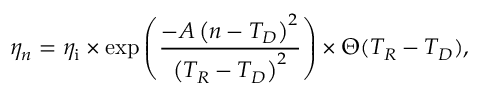
\eta _ { n } = \eta _ { \mathrm { i } } \times \exp \left( \frac { - A \left( n - T _ { D } \right) ^ { 2 } } { \left( T _ { R } - T _ { D } \right) ^ { 2 } } \right) \times \Theta ( T _ { R } - T _ { D } ) ,